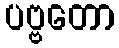
ပဗ္ဗတော